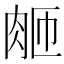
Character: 𬚴